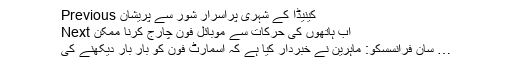
Previous کینیڈا کے شہری پراسرار شور سے پریشان
Next اب ہاتھوں کی حرکات سے موبائل فون چارج کرنا ممکن
سان فرانسسكو: ماہرین نے خبردار کیا ہے کہ اسمارٹ فون کو بار بار دیکھنے کی …